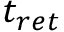
t _ { r e t }